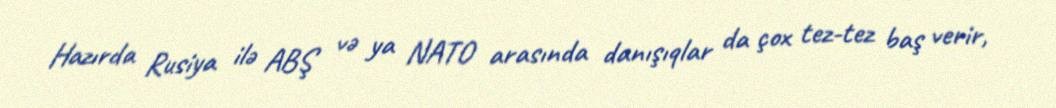
Hazırda Rusiya ilə ABŞ və ya NATO arasında danışıqlar da çox tez-tez baş verir,